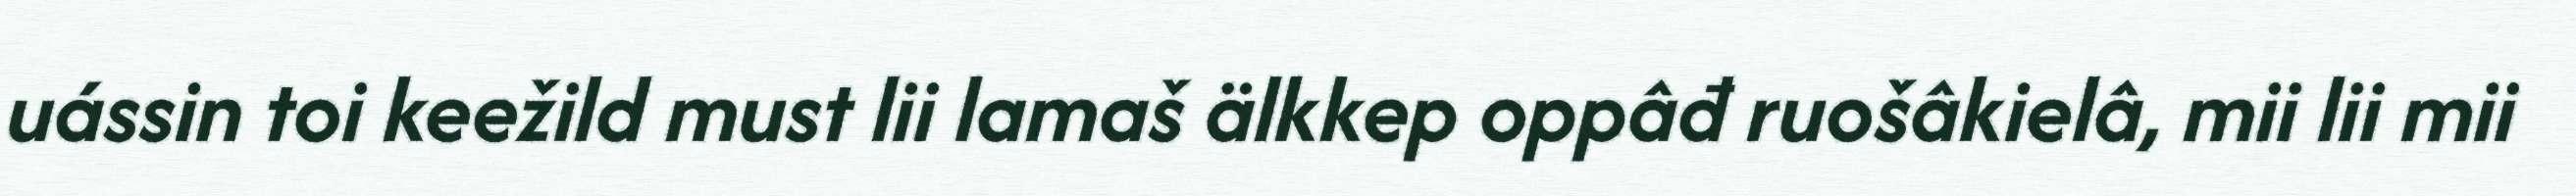
uássin toi keežild must lii lamaš älkkep oppâđ ruošâkielâ, mii lii mii